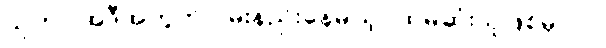
သူဟာ အဲဒီအတွက် ဝမ်းနည်းနေမယ့်ပထမဆုံးသူဖြစ်မှာပါ။